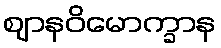
ဈာနဝိမောက္ခာန